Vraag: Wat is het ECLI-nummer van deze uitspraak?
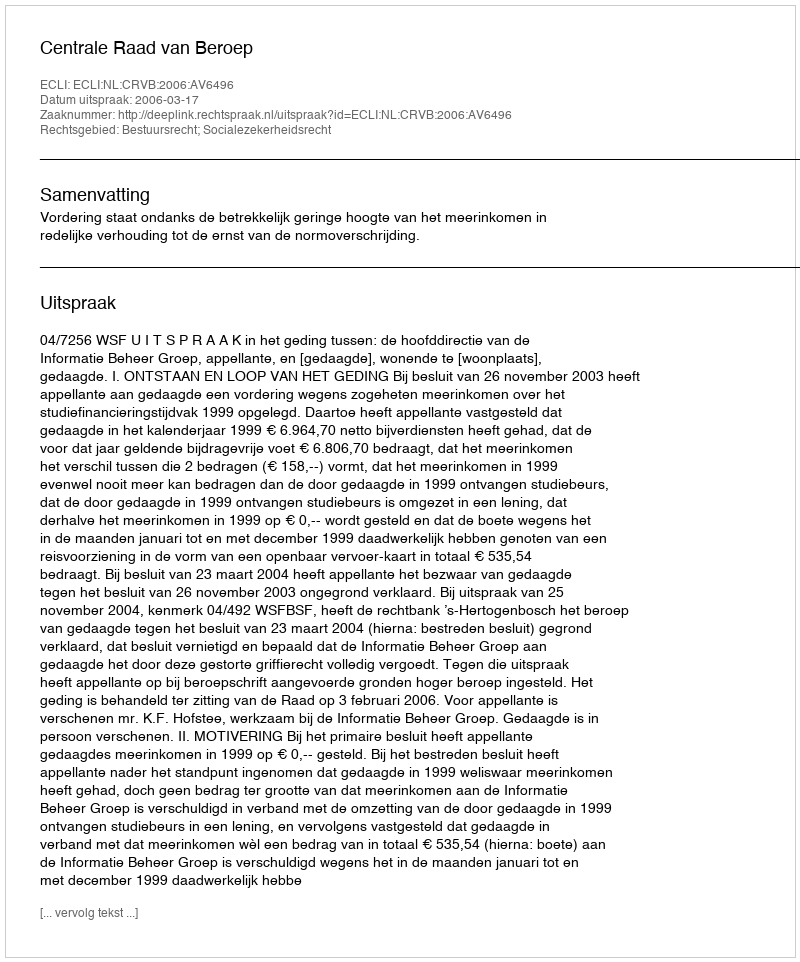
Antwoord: ECLI:NL:CRVB:2006:AV6496